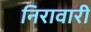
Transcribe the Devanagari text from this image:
निरावारी